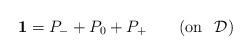
LaTeX: \begin{align*}\mathbf{1}=P_{-}+P_{0}+P_{+}\quad \quad (\mathrm{on\,\ }\>\mathcal{D})\end{align*}